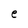
Character: e